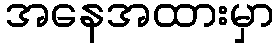
အနေအထားမှာ